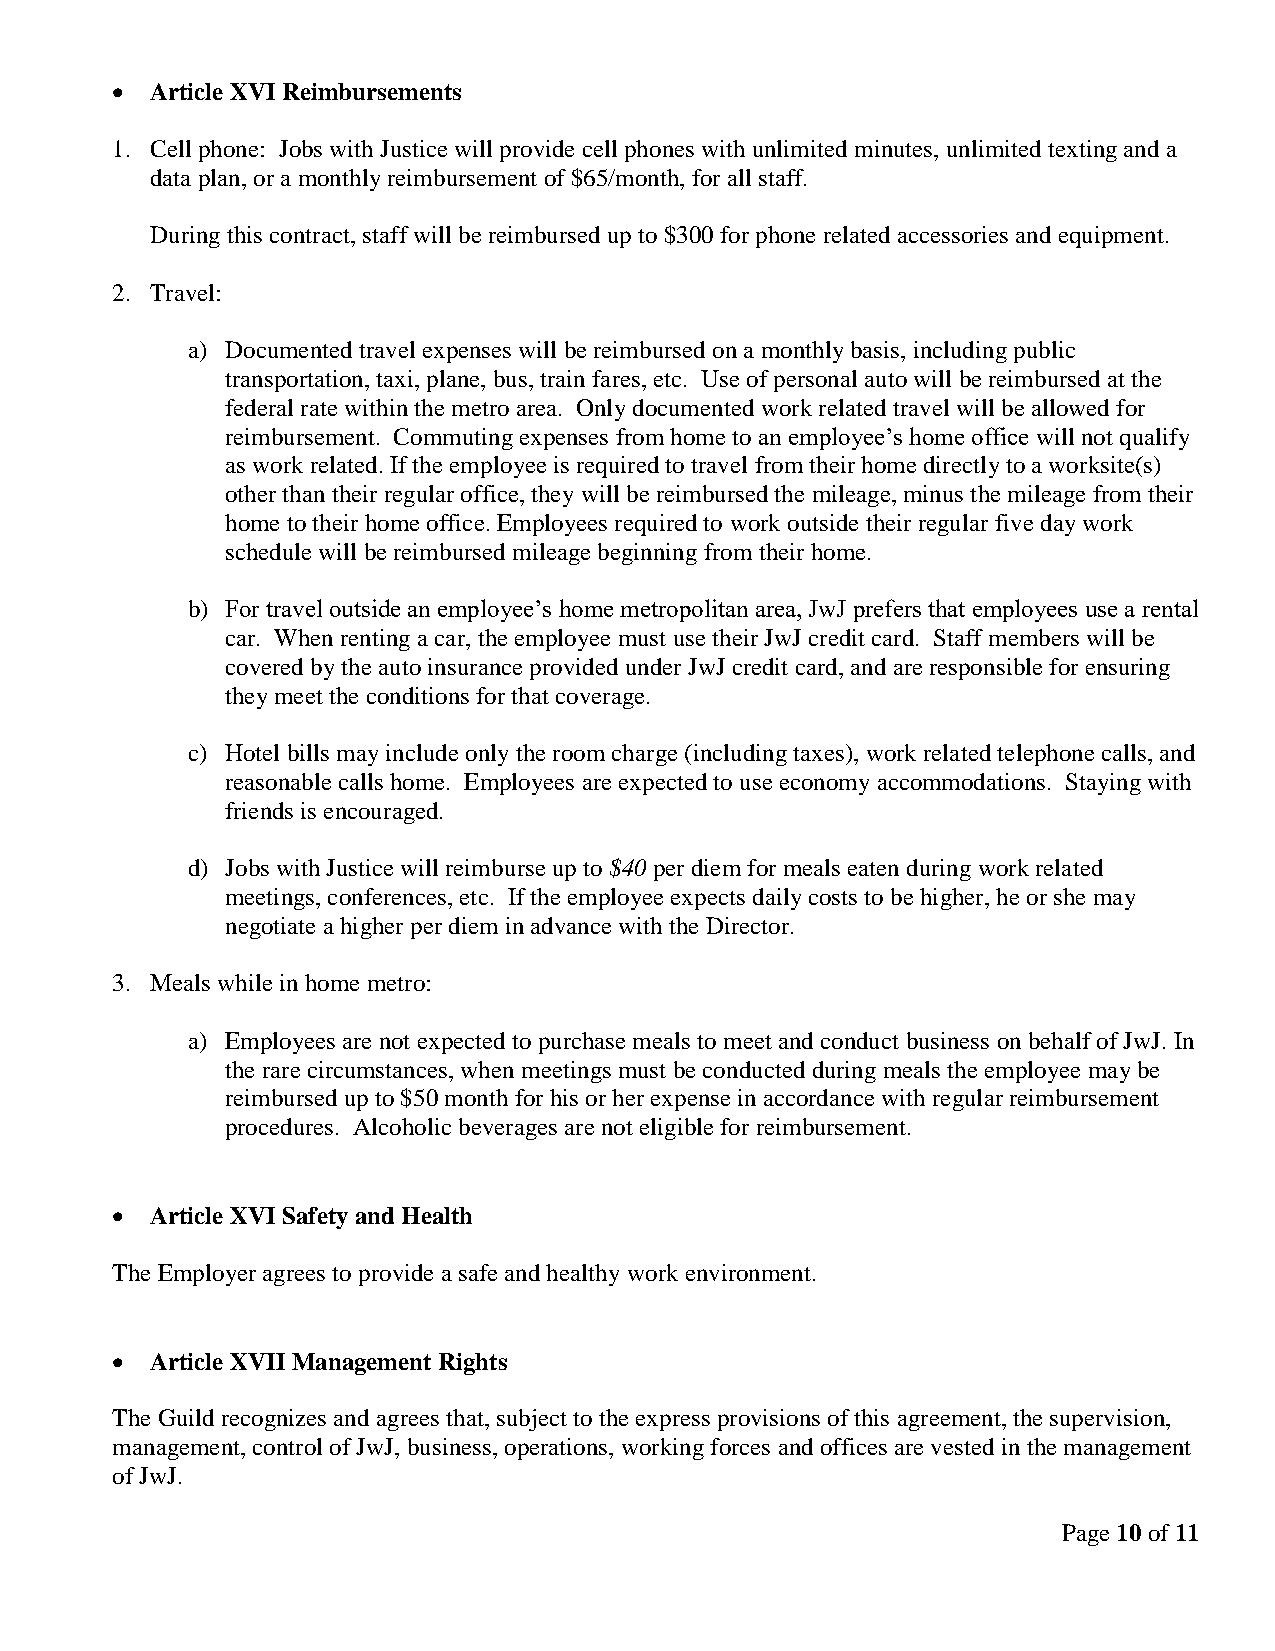
  Article XVI Reimbursements
 1. Cell phone: Jobs with Justice will provide cell phones with unlimited minutes, unlimited texting and a
 data plan, or a monthly reimbursement of $65/month, for all staff.
 During this contract, staff will be reimbursed up to $300 for phone related accessories and equipment.
 2. Travel:
 a) Documented travel expenses will be reimbursed on a monthly basis, including public
 transportation, taxi, plane, bus, train fares, etc. Use of personal auto will be reimbursed at the
 federal rate within the metro area. Only documented work related travel will be allowed for
 reimbursement. Commuting expenses from home to an employee’s home office will not qualify
 as work related. If the employee is required to travel from their home directly to a worksite(s)
 other than their regular office, they will be reimbursed the mileage, minus the mileage from their
 home to their home office. Employees required to work outside their regular five day work
 schedule will be reimbursed mileage beginning from their home.
 b) For travel outside an employee’s home metropolitan area, JwJ prefers that employees use a rental
 car. When renting a car, the employee must use their JwJ credit card. Staff members will be
 covered by the auto insurance provided under JwJ credit card, and are responsible for ensuring
 they meet the conditions for that coverage.
 c) Hotel bills may include only the room charge (including taxes), work related telephone calls, and
 reasonable calls home. Employees are expected to use economy accommodations. Staying with
 friends is encouraged.
 d) Jobs with Justice will reimburse up to $40 per diem for meals eaten during work related
 meetings, conferences, etc. If the employee expects daily costs to be higher, he or she may
 negotiate a higher per diem in advance with the Director.
 3. Meals while in home metro:
 a) Employees are not expected to purchase meals to meet and conduct business on behalf of JwJ. In
 the rare circumstances, when meetings must be conducted during meals the employee may be
 reimbursed up to $50 month for his or her expense in accordance with regular reimbursement
 procedures. Alcoholic beverages are not eligible for reimbursement.
   Article XVI Safety and Health
 The Employer agrees to provide a safe and healthy work environment.
   Article XVII Management Rights
 The Guild recognizes and agrees that, subject to the express provisions of this agreement, the supervision,
 management, control of JwJ, business, operations, working forces and offices are vested in the management
 of JwJ.
 Page 10 of 11